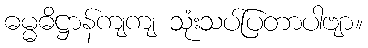
ဓမ္မဓိဋ္ဌာန်ကျကျ သုံးသပ်ပြတာပါဗျာ။